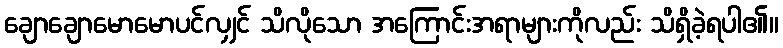
ချောချောမောမောပင်လျှင် သိလိုသော အကြောင်းအရာများကိုလည်း သိရှိခဲ့ရပါ၏။